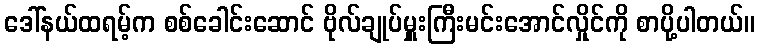
ဒေါ်နယ်ထရမ့်က စစ်ခေါင်းဆောင် ဗိုလ်ချုပ်မှူးကြီးမင်းအောင်လှိုင်ကို စာပို့ပါတယ်။